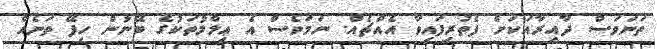
ތަނަވަސް ދާއިރާއަކަށް ފެތުރިފައިވާ އެއްޗެއް. ނަމަވެސް އެ ޢިލްމުތަކުގެ ބޭނުން ހިފޭ ތަނެއް